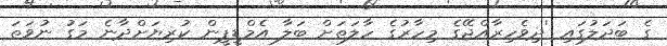
ގެ ބަދަލުގައި 'ދިވެހިރާއްޖޭގެ މިހާރުގެ ހާލަތަށް ބަލާ އެމްޑީޕީން ކުރިޔަށްދާނެ މަގު ނުވަތަ